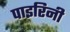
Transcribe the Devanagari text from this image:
पाइरिनी